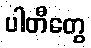
ပါတီတွေ